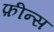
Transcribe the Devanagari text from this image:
फ़ीन्स